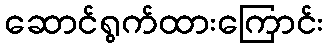
ဆောင်ရွက်ထားကြောင်း